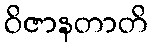
ဝိဇာနတာတိ